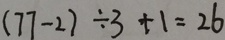
( 7 7 - 2 ) \div 3 + 1 = 2 6